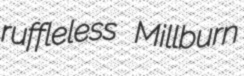
ruffleless Millburn